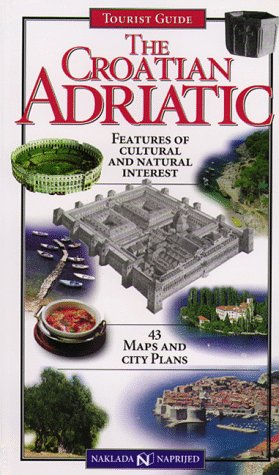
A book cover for Croatian Adriatic; Naklada Naprijed; Travel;